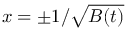
x = \pm { 1 } / { \sqrt { B ( t ) } }